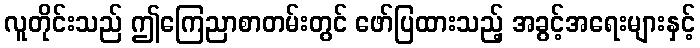
လူတိုင်းသည် ဤကြေညာစာတမ်းတွင် ဖော်ပြထားသည့် အခွင့်အရေးများနှင့်